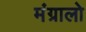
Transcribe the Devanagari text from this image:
मंग्रालो